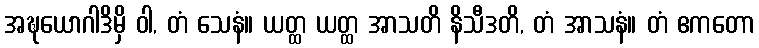
အဍ္ဎယောဂါဒိမှိ ဝါ, တံ သေနံ။ ယတ္ထ ယတ္ထ အာသတိ နိသီဒတိ, တံ အာသနံ။ တံ ဧကတော